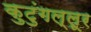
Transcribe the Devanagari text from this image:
कुटुंगल्लूर